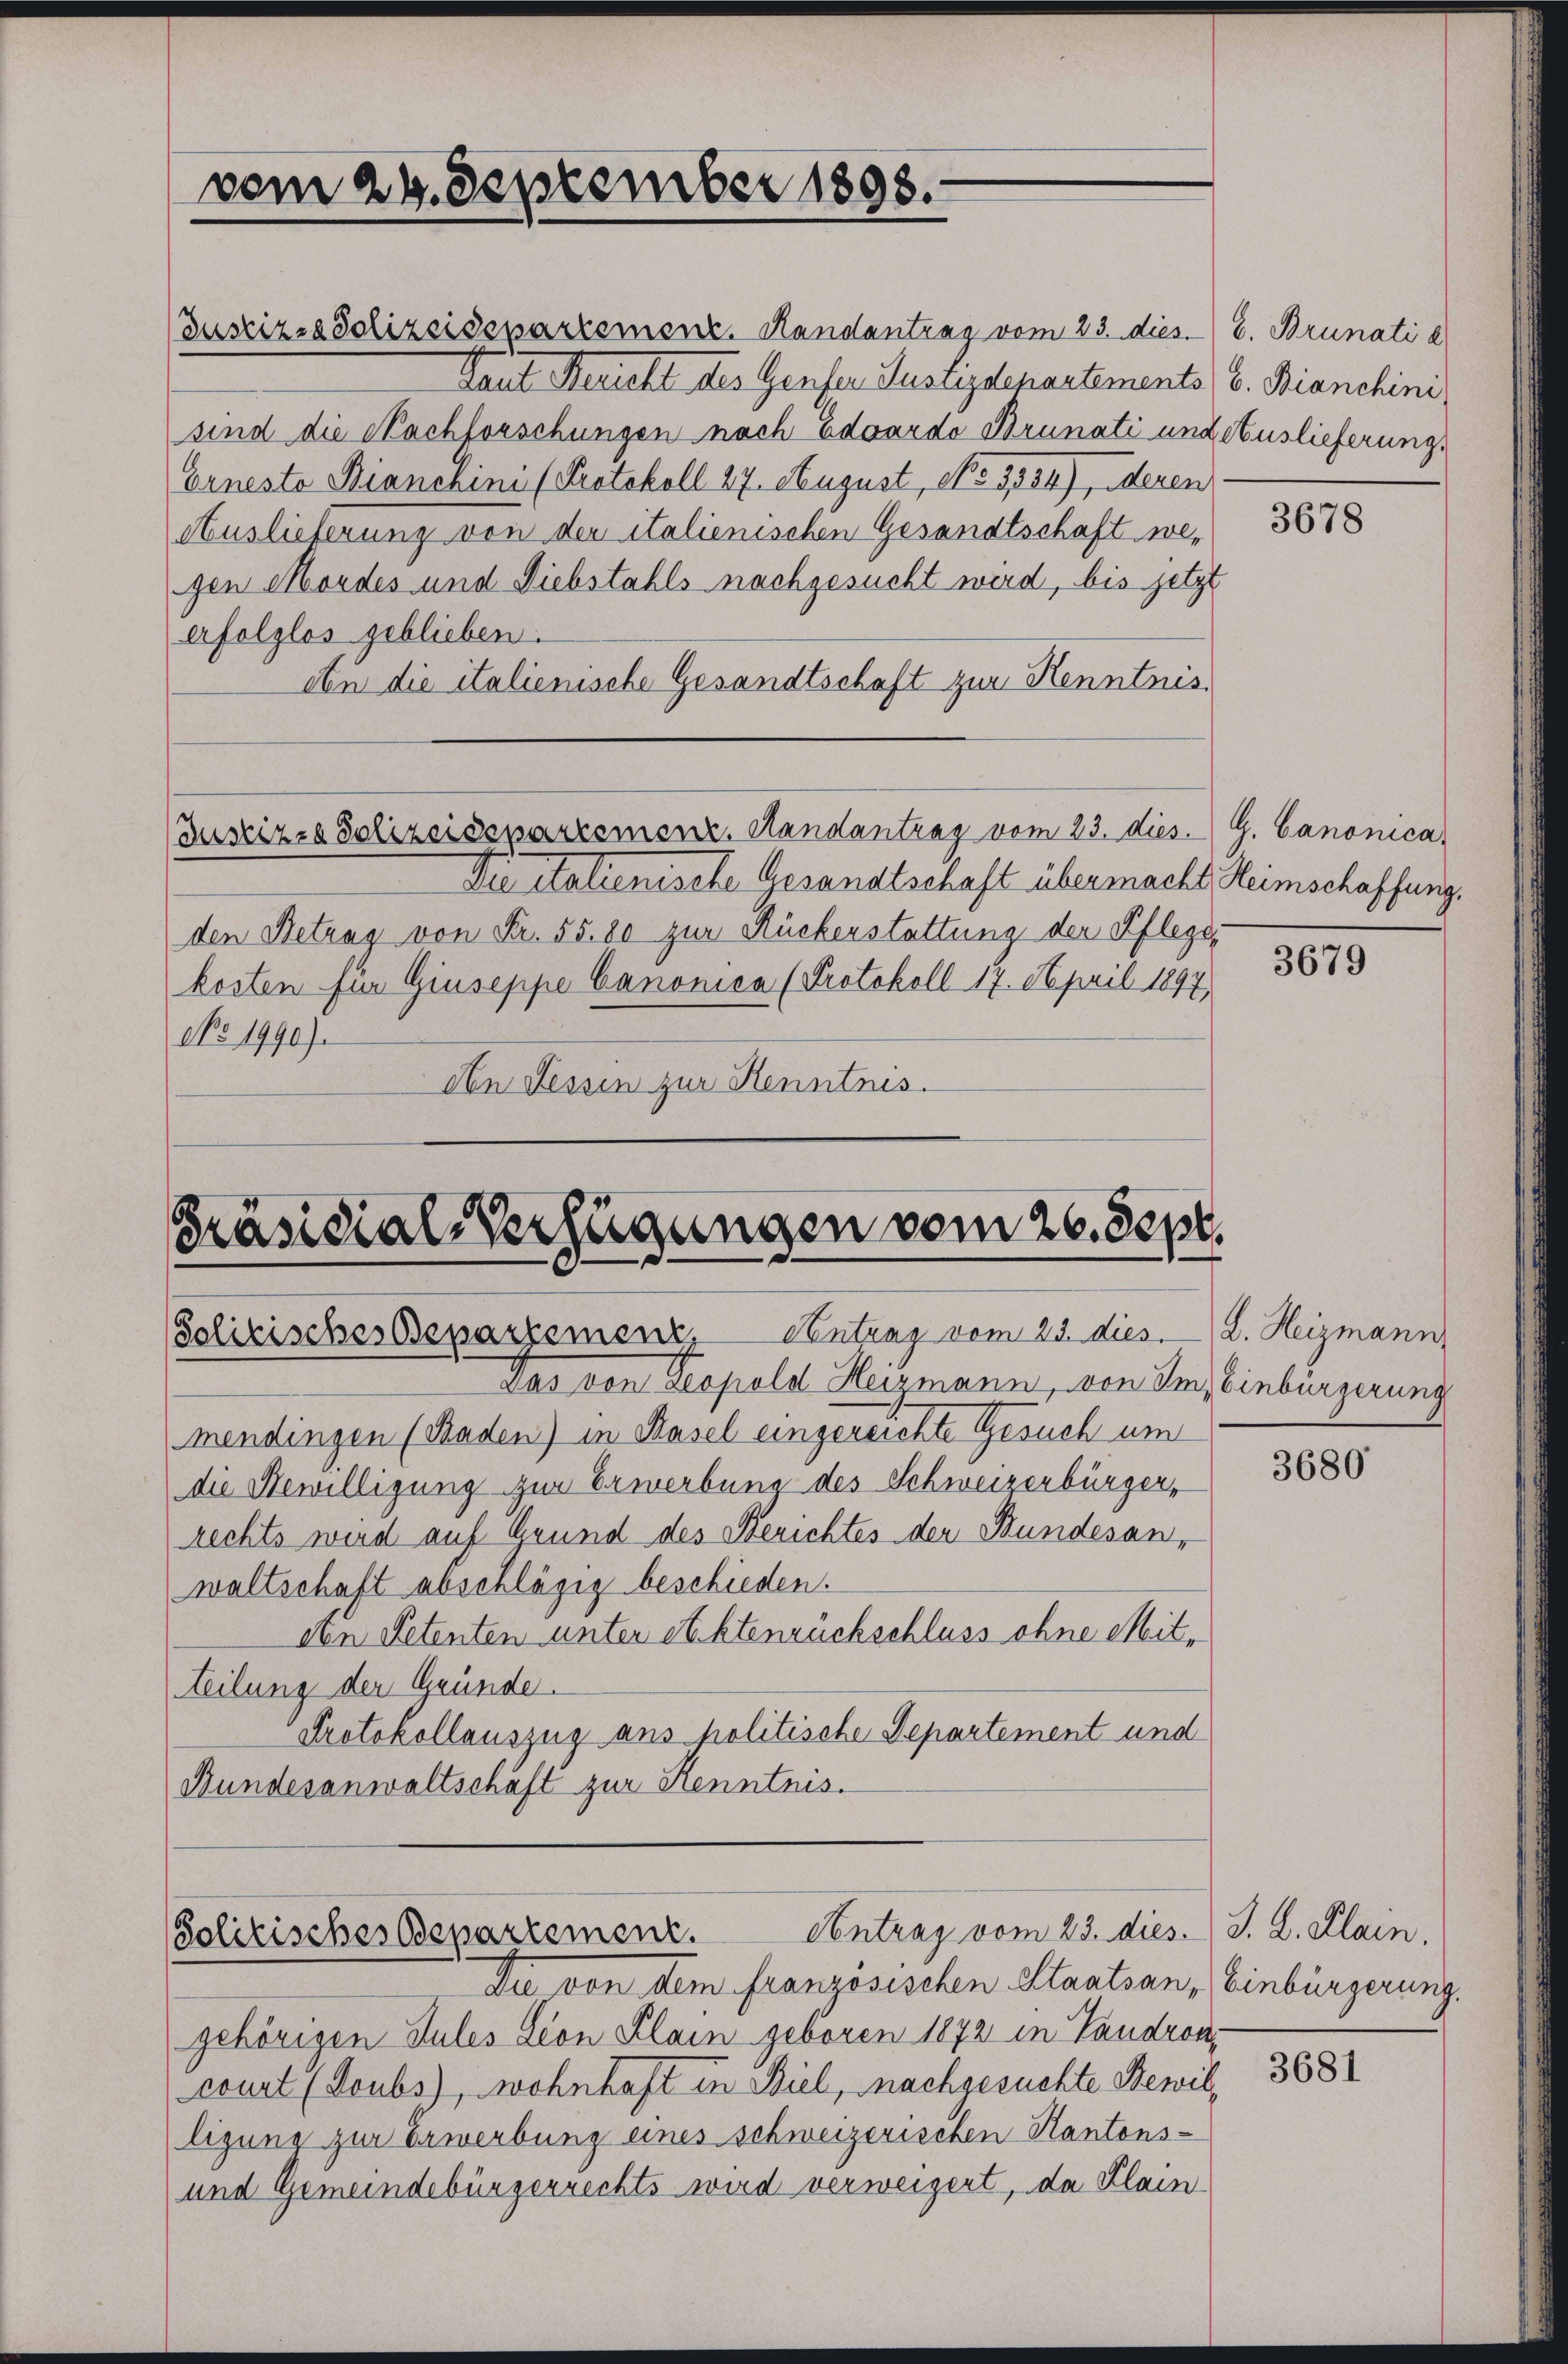
vom 24. September 1898.

Präsidial-Verfügungen vom 26. Sept.
Polizisches Deparzerenz, Antrag vom 25. dies. 2. Heizmann,

Antrag vom 23. dies. J. L. Klain,
Solitisches Departement.

JustizsaSolizeisepartement. Handantrag vom 23. dies. E. Brunati l
Laut Bericht des Genfer Justizdepartements v. Bianchini
sind die Nachforschungen nach Eduardo Brunati und Auslieferungs
Erneste Bianchini (Protokoll 27. August, No 1534), Neuen
Auslieferung von der italienischen Gesandtschaft wegen Mordes und Diebstahls nachgesucht wird, bis jetzt
erfolglos geblieben.
An die italienische Gesandtschaft zur Kenntnis¬
Justizza Solizeisepartemenz. Randantrag vom 23. dies. G. Canonica
Die italienische Gesandtschaft übermacht Heimschaffung.
den Betrag von Fr. 55. 80 zur Rückerstattung der Pflege
kosten für Giuseppe Canonica (Protokoll 17. April 1897
No 1990).
Abn Sessen zur Kenntnis.

Das von Leopold Heizmann, von Siz Einbürgerung
mendingen (Baden) in Basel eingereichten Gesuch um
die Bewilligung zur Erwerbung des Schweizerbürger,
rechts wird auf Grund des Berichtes der Bundesan-
waltschaft abschlägig beschieden.
den Petenten unter Aktenrückschluss ohne Mitteilung der Gründe.
Protokollauszug aus holitische Departement und
Bundesanwaltschäft zur Kenntnis.

Die von dem französischen Staatsan, Einbürgerung.
gehörigen Sules Lion Klain geboren 1872 in Landron,
court (Soubs), wohnhaft in Biel, nachgesuchte Bewilligung zur Erwerbung eines schweizerischen Kantons-
und Gemeindebürgerrechts wird verweigert, da Klain

3678

3679

3680

3681